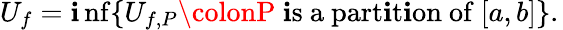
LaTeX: U_{f}=\operatorname*{\mathbf{i}nf}\{ U_{f,P}\colonP{\mathrm{{~\mathbf{i}s~a~part\mathbf{i}t\mathbf{i}on~of~}}}[a,b]\} .\,